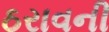
ઠરાવની